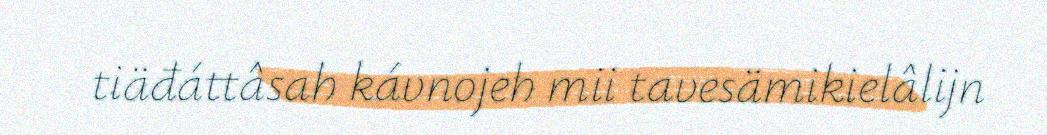
tiäđáttâsah kávnojeh mii tavesämikielâlijn